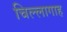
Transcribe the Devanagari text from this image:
चिल्लागाह